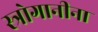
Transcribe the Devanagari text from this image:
स्त्रोगानीना